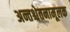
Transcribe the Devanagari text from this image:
अन्तश्चेतनामूलक